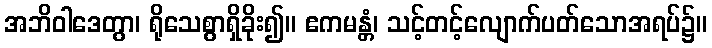
အဘိဝါဒေတွာ၊ ရိုသေစွာရှိခိုး၍။ ဧကမန္တံ၊ သင့်တင့်လျောက်ပတ်သောအရပ်၌။